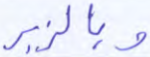
وبالزبر